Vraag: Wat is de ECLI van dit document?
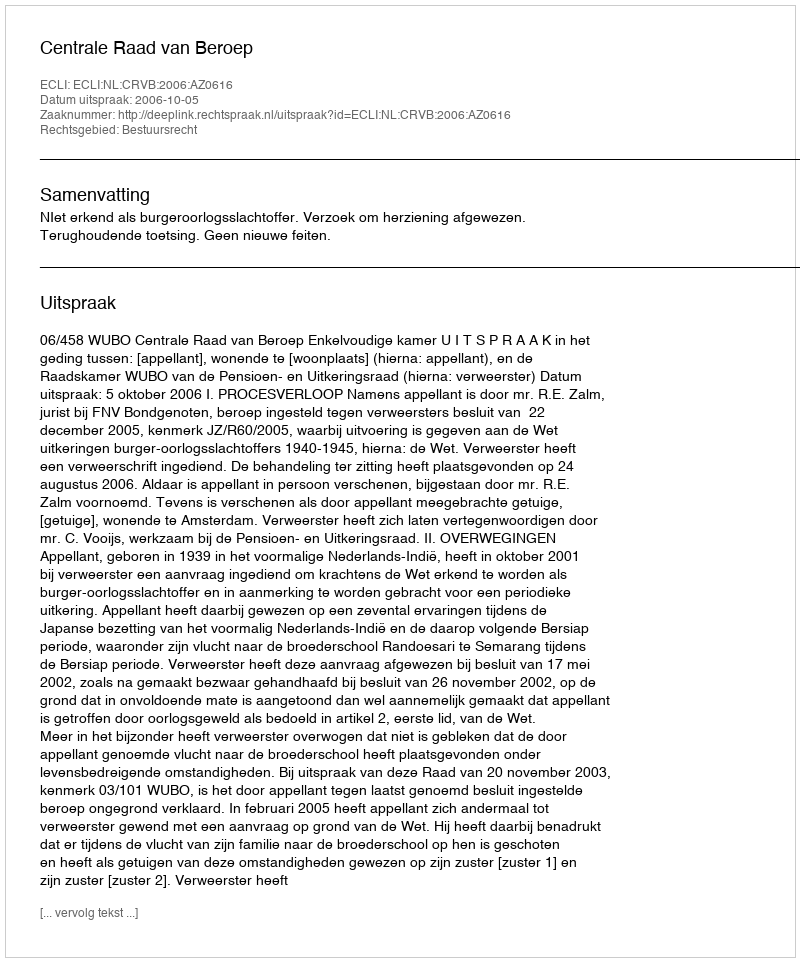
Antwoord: ECLI:NL:CRVB:2006:AZ0616